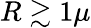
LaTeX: R\gtrsim 1\mu